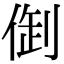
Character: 𠉳